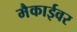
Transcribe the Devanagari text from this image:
मैकाईवर